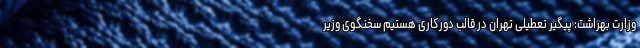
وزارت بهراشت: پیگیر تعطیلی تهران در قالب دورکاری هستیم سخنگوی وزیر